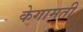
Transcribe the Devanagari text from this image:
केगामती